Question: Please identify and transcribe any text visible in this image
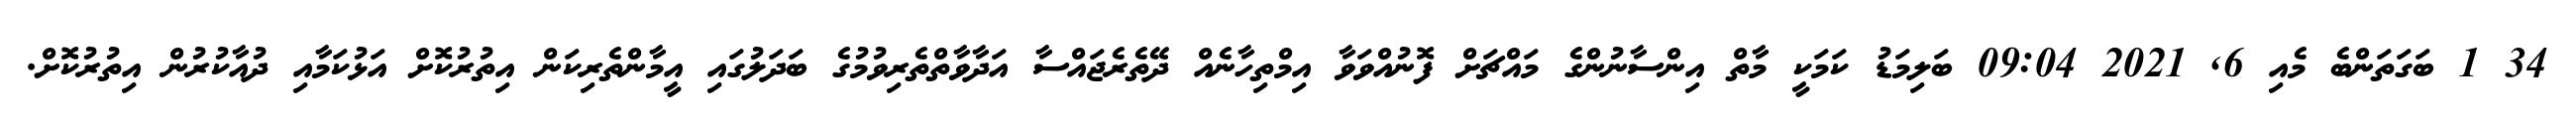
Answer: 34 1 ބަގަތަންބެ މެއި 6, 2021 09:04 ބަލިމަޑު ކަމަކީ މާތް އިންސާނުންގެ މައްޗަށް ފޮނުއްވަވާ އިމްތިހާނެއް ދޭތެރެޖައްސާ އަދާވާތްތެރިވުމުގެ ބަދަލުގައި އީމާންތެރިކަން އިތުރުކޮށް އަޅުކަމާއި ދުއާކުރުން އިތުރުކޮށް.